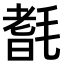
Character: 𣯆